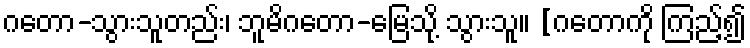
ဂတော-သွားသူတည်း၊ ဘူမိဂတော-မြေသို့ သွားသူ။ [ဂတောကို ကြည့်၍